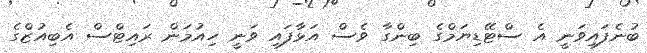
ބުނެފައިވަނީ އެ ސްޓޭޑިޔަމްގެ ބިންގާ ވެސް އަޅާފައި ވަނީ ހިއުމަން ރައިޓްސް އެބިއުޒްގެ